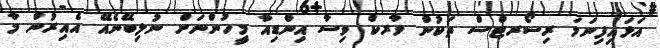
އަޅައިފިނަމަ ރިސޯރޓްސް ތަކުން ވާރކް ވިސާ އިންޑިއާ މީހުންނަށް ނުލިބޭނެއޭ އެއިރުން މާ